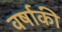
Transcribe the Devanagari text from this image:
वर्षाकी